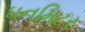
ઘનમિટર